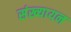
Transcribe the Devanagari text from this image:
संख्यायन